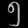
Digit: ၅